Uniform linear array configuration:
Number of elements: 4
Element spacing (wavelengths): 0.5
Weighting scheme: cosine
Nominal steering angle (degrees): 15
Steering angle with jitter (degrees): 15.214
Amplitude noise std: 0.05
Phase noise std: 0.05

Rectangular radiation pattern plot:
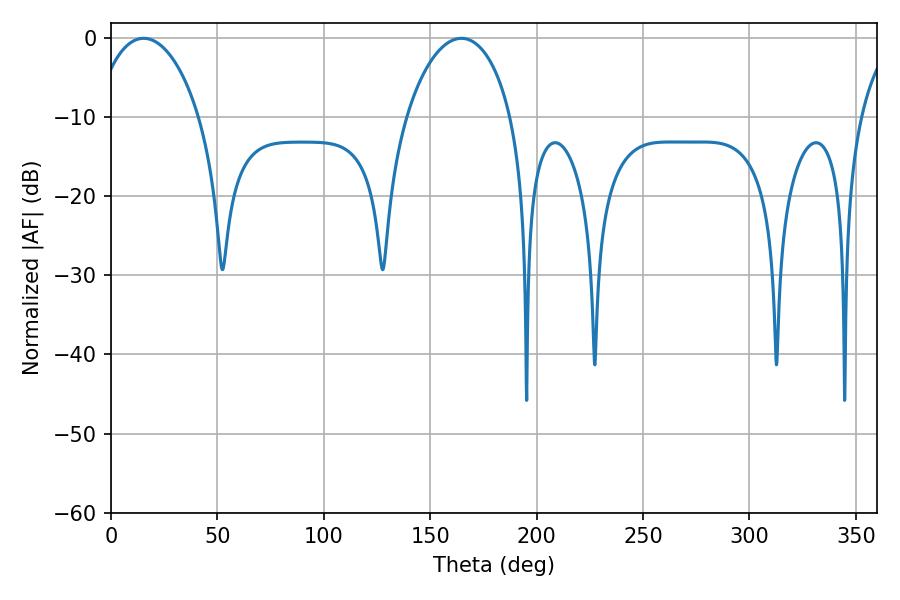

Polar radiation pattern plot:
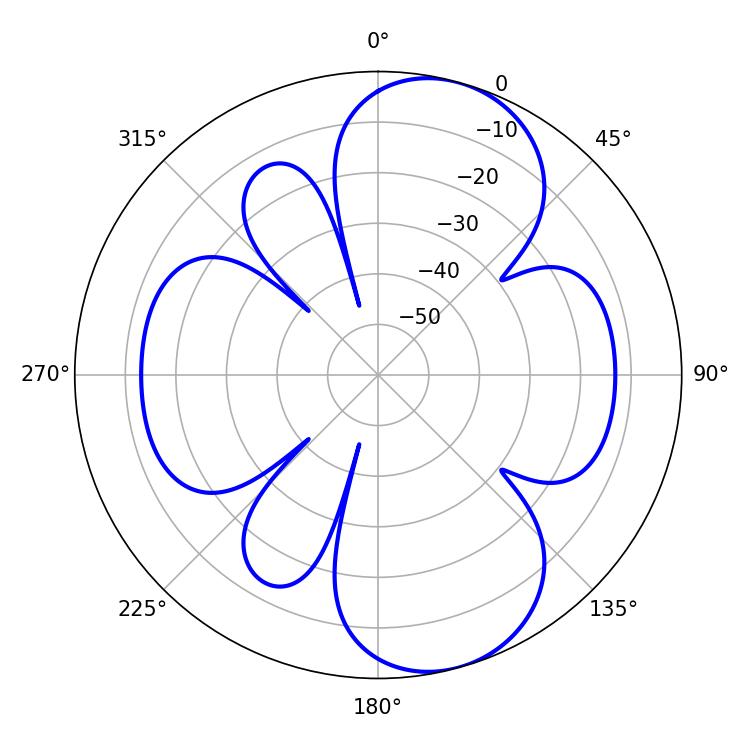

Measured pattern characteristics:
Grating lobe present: FALSE
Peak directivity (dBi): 8.822
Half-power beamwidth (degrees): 28.08
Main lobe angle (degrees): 15.3